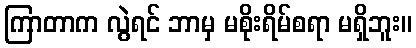
ကြာတာက လွဲရင် ဘာမှ မစိုးရိမ်စရာ မရှိဘူး။